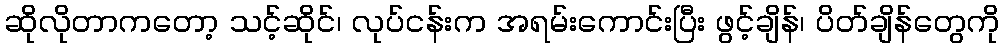
ဆိုလိုတာကတော့ သင့်ဆိုင်၊ လုပ်ငန်းက အရမ်းကောင်းပြီး ဖွင့်ချိန်၊ ပိတ်ချိန်တွေကို